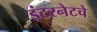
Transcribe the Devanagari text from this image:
इंटरनेटचे